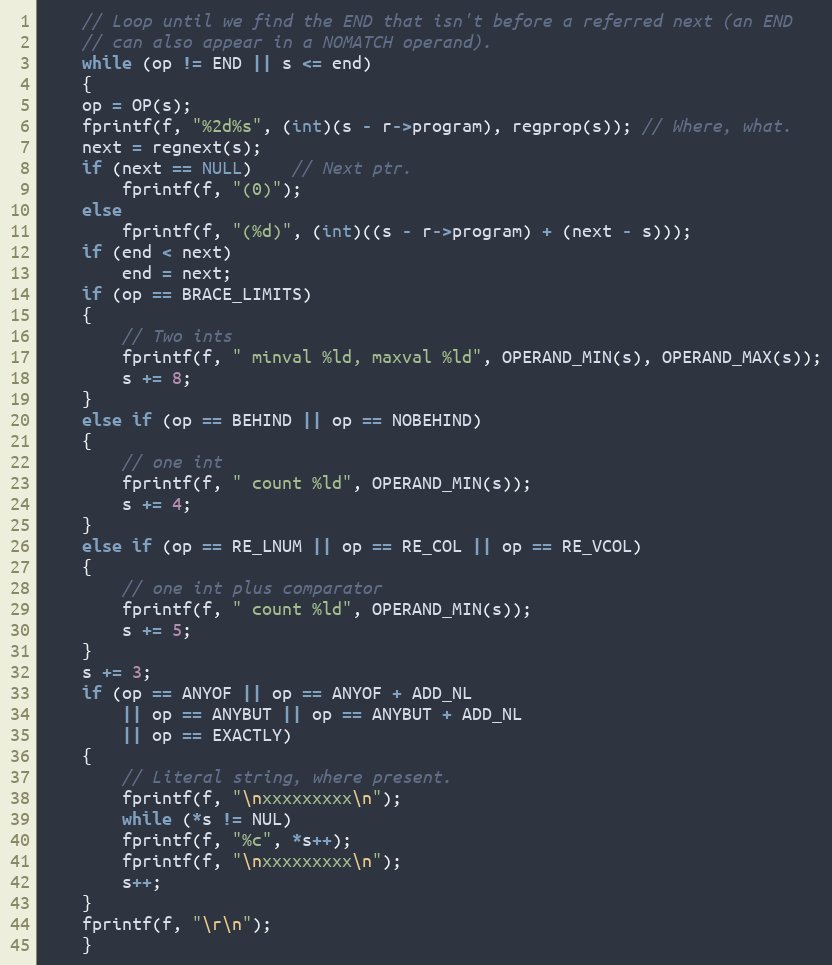
Language: C
    // Loop until we find the END that isn't before a referred next (an END
    // can also appear in a NOMATCH operand).
    while (op != END || s <= end)
    {
	op = OP(s);
	fprintf(f, "%2d%s", (int)(s - r->program), regprop(s)); // Where, what.
	next = regnext(s);
	if (next == NULL)	// Next ptr.
	    fprintf(f, "(0)");
	else
	    fprintf(f, "(%d)", (int)((s - r->program) + (next - s)));
	if (end < next)
	    end = next;
	if (op == BRACE_LIMITS)
	{
	    // Two ints
	    fprintf(f, " minval %ld, maxval %ld", OPERAND_MIN(s), OPERAND_MAX(s));
	    s += 8;
	}
	else if (op == BEHIND || op == NOBEHIND)
	{
	    // one int
	    fprintf(f, " count %ld", OPERAND_MIN(s));
	    s += 4;
	}
	else if (op == RE_LNUM || op == RE_COL || op == RE_VCOL)
	{
	    // one int plus comparator
	    fprintf(f, " count %ld", OPERAND_MIN(s));
	    s += 5;
	}
	s += 3;
	if (op == ANYOF || op == ANYOF + ADD_NL
		|| op == ANYBUT || op == ANYBUT + ADD_NL
		|| op == EXACTLY)
	{
	    // Literal string, where present.
	    fprintf(f, "\nxxxxxxxxx\n");
	    while (*s != NUL)
		fprintf(f, "%c", *s++);
	    fprintf(f, "\nxxxxxxxxx\n");
	    s++;
	}
	fprintf(f, "\r\n");
    }